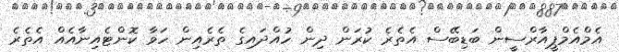
އެމްއެމްޕީއާރްސީން ބަޑިބޭސް އެތެރެ ކުރަން ދިން ހުއްދައިގެ ތެރެއިން ހަވާ ކޮންޓެއިނާއެއް އެތެރެ